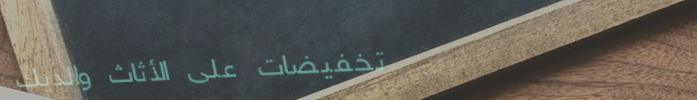
تخفيضات على الأثاث والديك